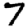
Digit: 7